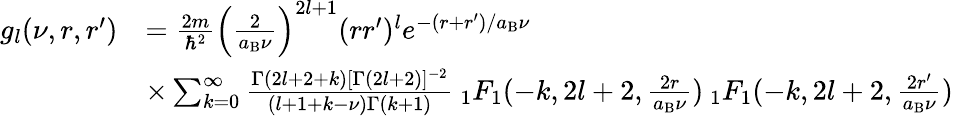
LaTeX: \begin{array}{rl}{g_{l}(\nu,r,r^{\prime})}&{=\frac{2m}{\hbar^{2}}\left(\frac{2}{a_{\mathrm{B}}\nu}\right)^{2l+1}(rr^{\prime})^{l}e^{-(r+r^{\prime})/a_{\mathrm{B}}\nu}}\\ &{\times\sum_{k=0}^{\infty}\frac{\Gamma(2l+2+k)[\Gamma(2l+2)]^{-2}}{(l+1+k-\nu)\Gamma(k+1)}\: _{1}F_{1}(-k,2l+2,\frac{2r}{a_{\mathrm{B}}\nu})\: _{1}F_{1}(-k,2l+2,\frac{2r^{\prime}}{a_{\mathrm{B}}\nu})}\end{array}